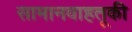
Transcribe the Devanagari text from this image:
सामानवाहतूकी